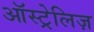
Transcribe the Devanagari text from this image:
ऑस्ट्रेलिज़